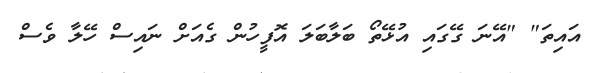
އައިތަ" "އޭނަ ގޭގައި އުޅޭތޯ ބަލާބަލަ އޮފީހުން ގެއަށް ނައިސް ހޭލާ ވެސް